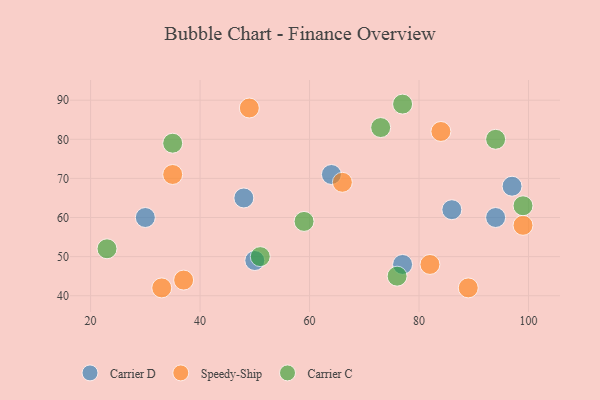
{"axis": {"x": "GDP", "y": "Life Expectancy"}, "legend": ["Carrier C", "Carrier D", "Speedy-Ship"], "data": [{"x": "64", "y": 71, "type": "Carrier D"}, {"x": "97", "y": 68, "type": "Carrier D"}, {"x": "50", "y": 49, "type": "Carrier D"}, {"x": "94", "y": 60, "type": "Carrier D"}, {"x": "77", "y": 48, "type": "Carrier D"}, {"x": "48", "y": 65, "type": "Carrier D"}, {"x": "30", "y": 60, "type": "Carrier D"}, {"x": "86", "y": 62, "type": "Carrier D"}, {"x": "37", "y": 44, "type": "Speedy-Ship"}, {"x": "49", "y": 88, "type": "Speedy-Ship"}, {"x": "33", "y": 42, "type": "Speedy-Ship"}, {"x": "89", "y": 42, "type": "Speedy-Ship"}, {"x": "82", "y": 48, "type": "Speedy-Ship"}, {"x": "99", "y": 58, "type": "Speedy-Ship"}, {"x": "84", "y": 82, "type": "Speedy-Ship"}, {"x": "66", "y": 69, "type": "Speedy-Ship"}, {"x": "35", "y": 71, "type": "Speedy-Ship"}, {"x": "35", "y": 79, "type": "Carrier C"}, {"x": "76", "y": 45, "type": "Carrier C"}, {"x": "59", "y": 59, "type": "Carrier C"}, {"x": "51", "y": 50, "type": "Carrier C"}, {"x": "99", "y": 63, "type": "Carrier C"}, {"x": "94", "y": 80, "type": "Carrier C"}, {"x": "73", "y": 83, "type": "Carrier C"}, {"x": "23", "y": 52, "type": "Carrier C"}, {"x": "77", "y": 89, "type": "Carrier C"}]}